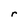
Character: r